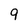
Character: 9